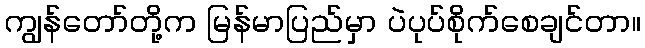
ကျွန်တော်တို့က မြန်မာပြည်မှာ ပဲပုပ်စိုက်စေချင်တာ။